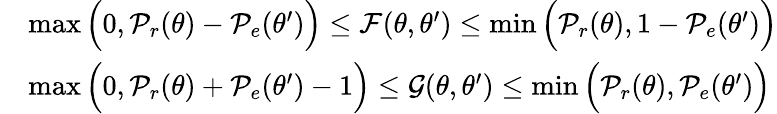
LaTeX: \begin{array}{rl}&{\operatorname*{max}\Big(0,\mathcal{P}_{r}(\theta)-\mathcal{P}_{e}(\theta^{\prime})\Big)\leq\mathcal{F}(\theta,\theta^{\prime})\leq\operatorname*{min}\Big(\mathcal{P}_{r}(\theta),1-\mathcal{P}_{e}(\theta^{\prime})\Big)}\\ &{\operatorname*{max}\Big(0,\mathcal{P}_{r}(\theta)+\mathcal{P}_{e}(\theta^{\prime})-1\Big)\leq\mathcal{G}(\theta,\theta^{\prime})\leq\operatorname*{min}\Big(\mathcal{P}_{r}(\theta),\mathcal{P}_{e}(\theta^{\prime})\Big)}\end{array}